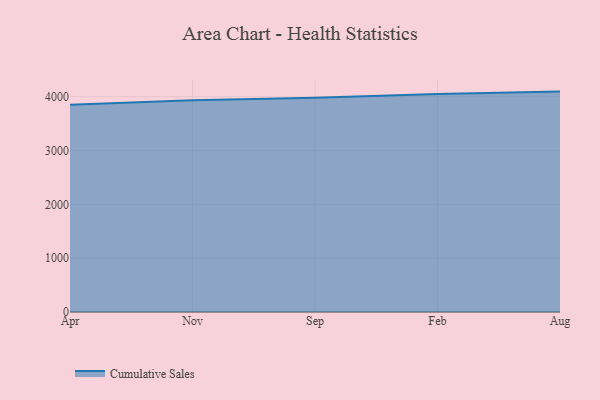
{"axis": {"x": "Month", "y": "Production Output"}, "legend": ["Cumulative Sales"], "data": [{"x": "Apr", "y": 3849.7, "type": "Cumulative Sales"}, {"x": "Nov", "y": 3935.2, "type": "Cumulative Sales"}, {"x": "Sep", "y": 3981.5, "type": "Cumulative Sales"}, {"x": "Feb", "y": 4051.3, "type": "Cumulative Sales"}, {"x": "Aug", "y": 4094.1, "type": "Cumulative Sales"}]}